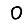
Digit: 0